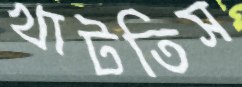
খাটতিস